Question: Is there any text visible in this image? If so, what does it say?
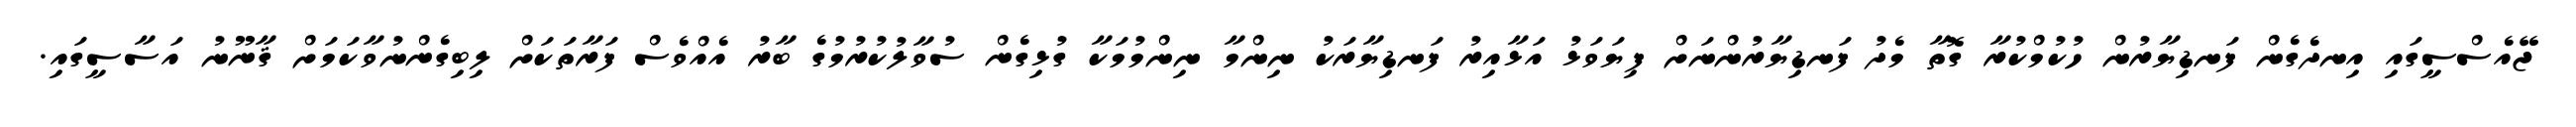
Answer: ޖޭއެސްސީގައި އިނދެގެން ފަނޑިޔާރުން ހުކުމްކުރާ ގޮތާ މެދު ފަނޑިޔާރުންނަށް ފިޔަވަޅު އަޅާއިރު ފަނޑިޔާރަކު ނިންމާ ނިންމުމަކާ ގުޅިގެން ސުވާލުކުރުމުގެ ބާރު އެއްވެސް ފަރާތަކަށް ލިބިގެންނުވާކަމަށް ޤާނޫނު އަސާސީގައި.